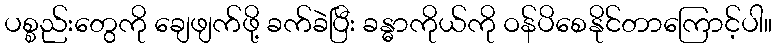
ပစ္စည်းတွေကို ချေဖျက်ဖို့ ခက်ခဲပြီး ခန္ဓာကိုယ်ကို ဝန်ပိစေနိုင်တာကြောင့်ပါ။